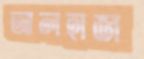
আলহাজ